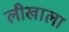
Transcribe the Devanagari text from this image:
लीखाला